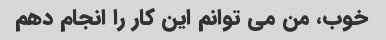
خوب، من می توانم این کار را انجام دهم